65_HS1-101634279_100-DE-26505
Agency: FBI
Incident date: 11/7/57
Incident location: Germany
Page 1
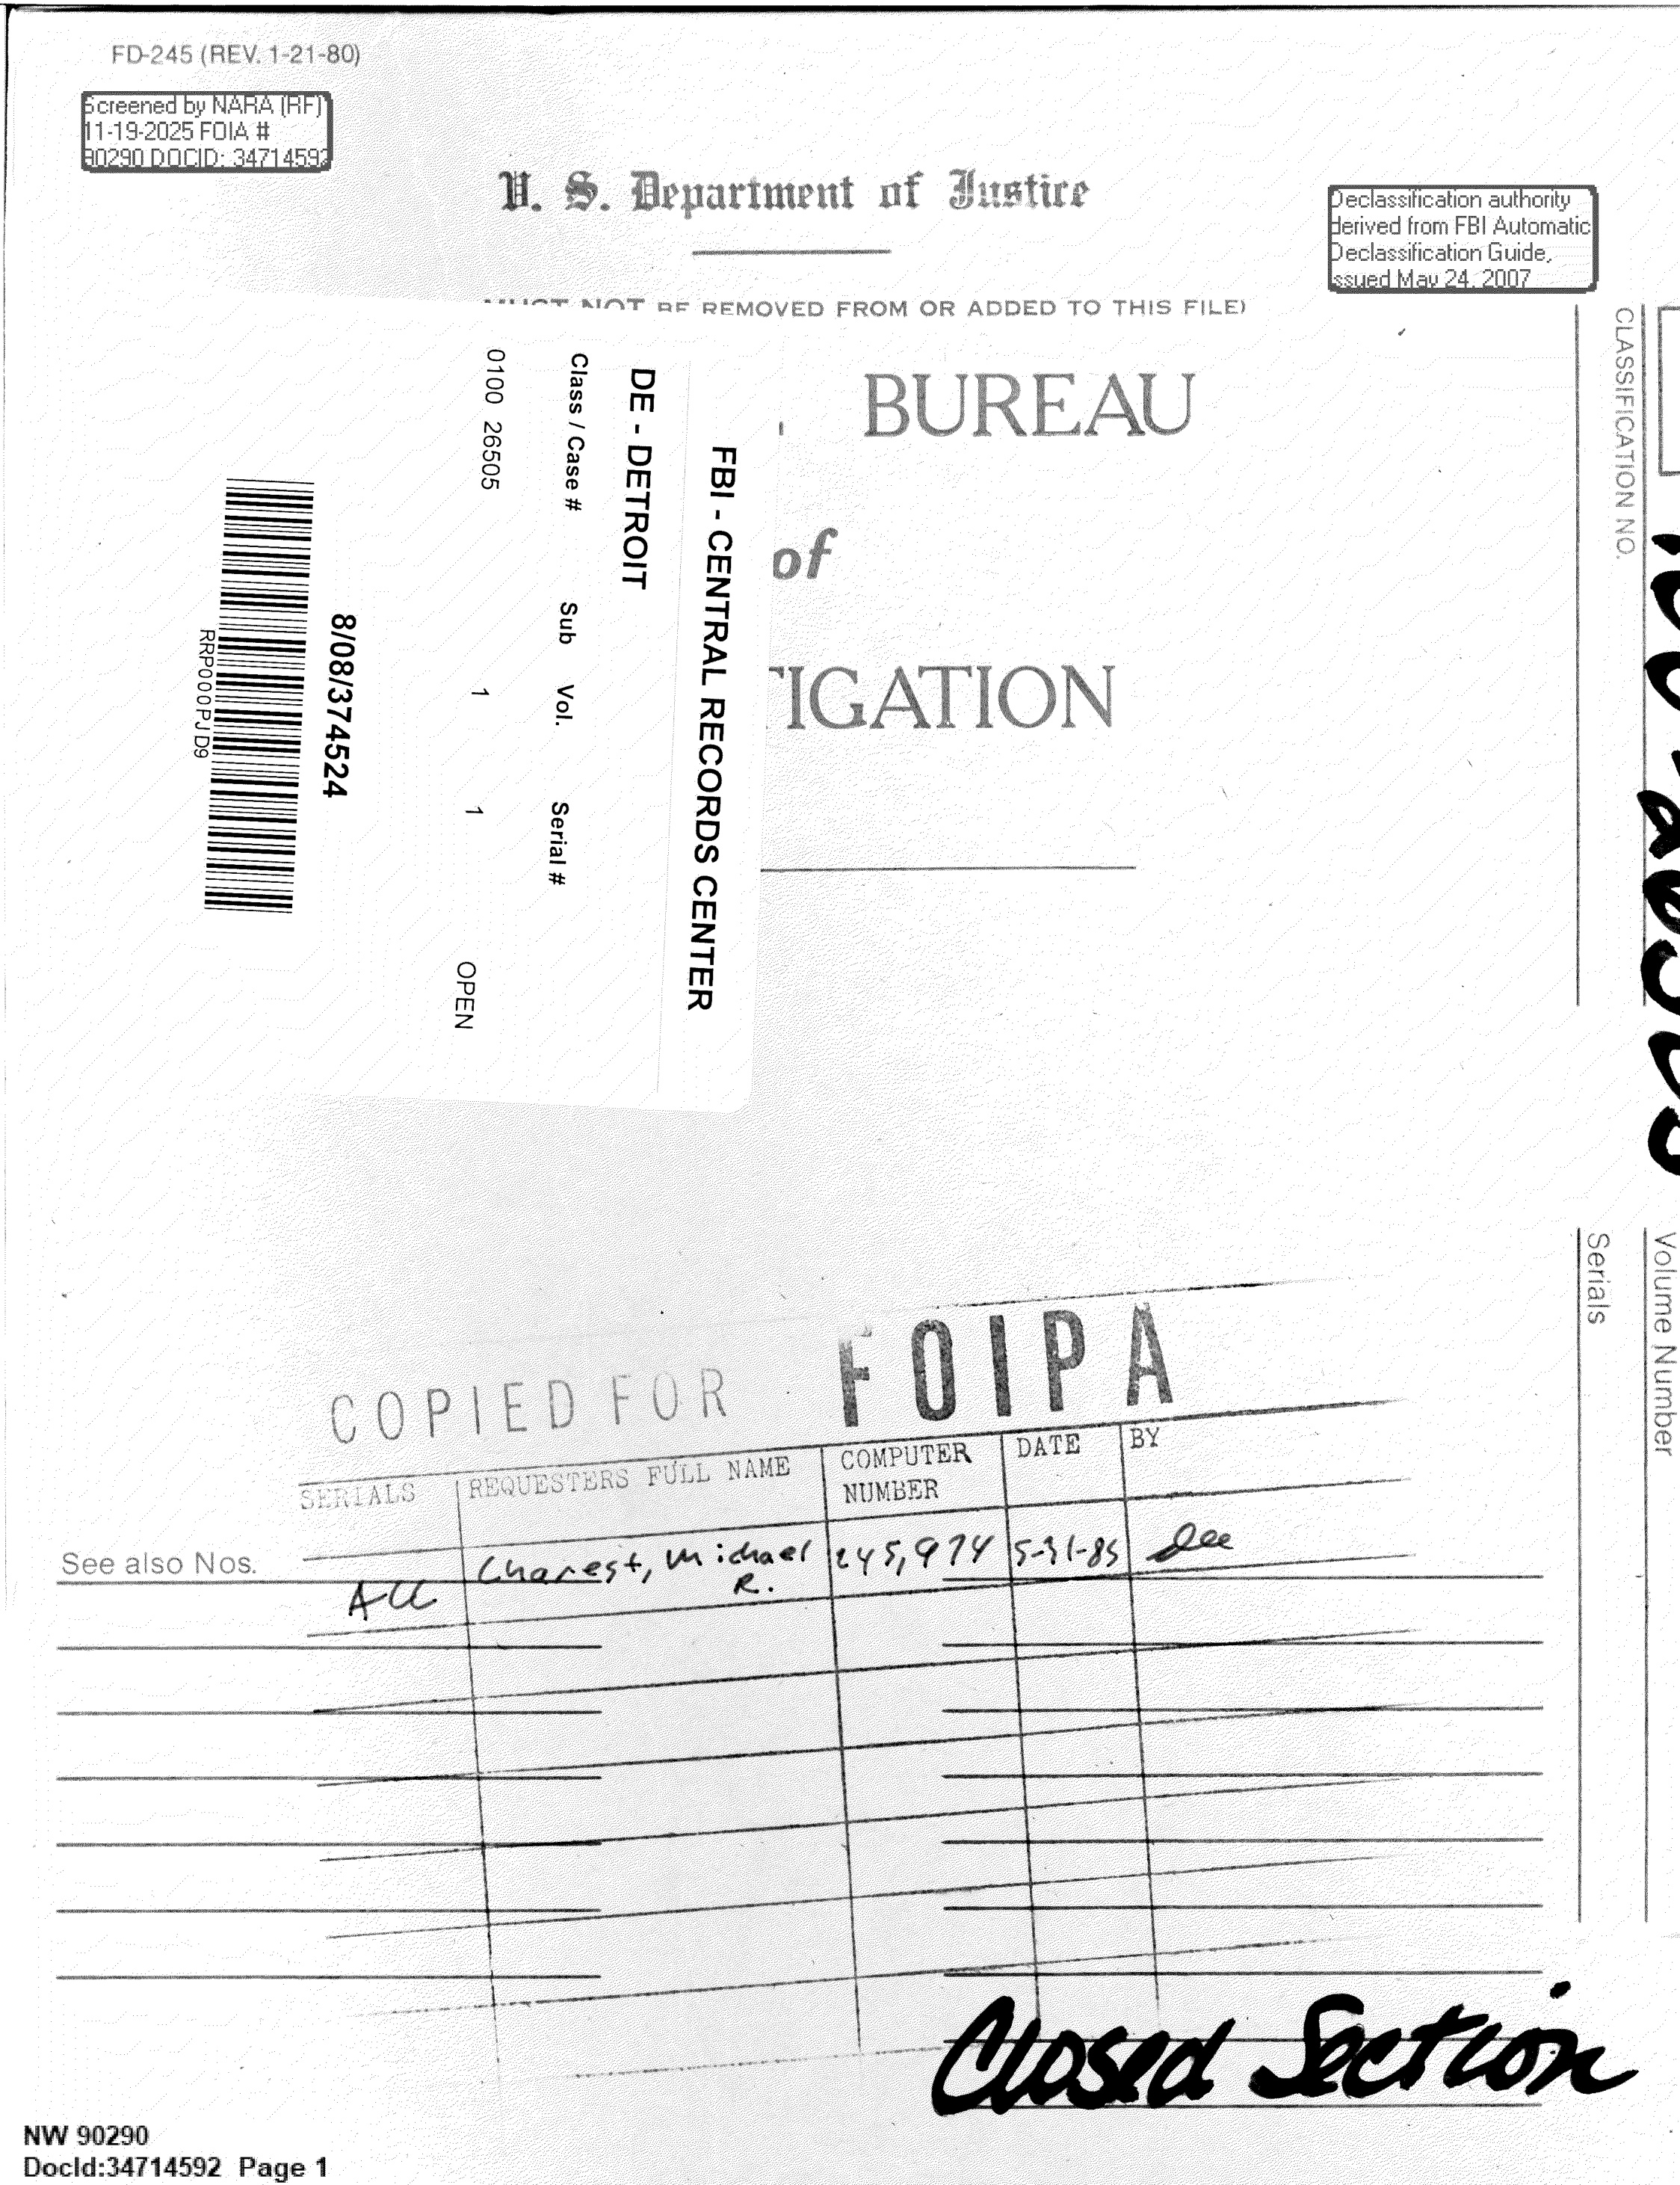